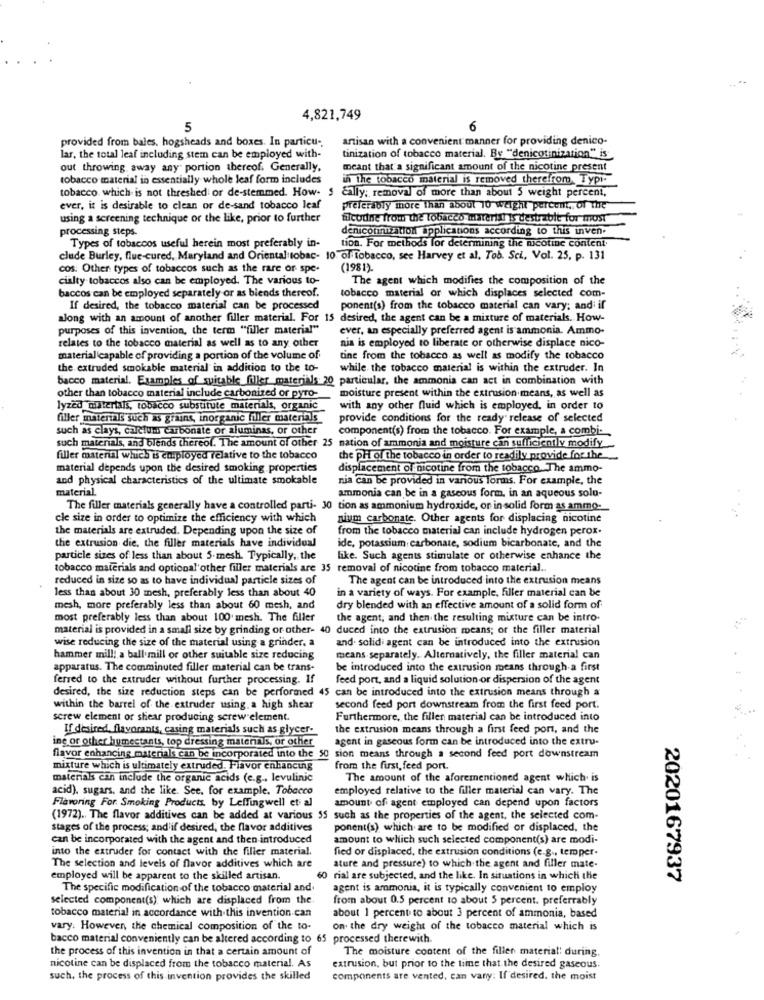
4,821,749
5
6
provided from bales. hogsheads and boxes. In particu -,
artisan with a convenient manner for providing denico-
lar, the total leaf including stem can be employed with-
tinization of tobacco material. By "denicotinization"" is
out throwing away any portion thereof. Generally,
meant that a significant amount of the nicotine present
tobacco material in essentially whole leaf form includes
in the tobacco material is removed therefrom, Typi-
tobacco which is not threshed or de-stemmed. How- S
Eally; removal of more than about 5 weight percent,
ever, it is desirable to clean or de-sand tobacco leaf
preferably more than about 10 weight percent, of the
using a screening technique or the like, prior to further
filcudne from the tobacco mareritt is destrabit for most
processing steps.
denicotinization applications according to this inven.
Types of tobaccos useful herein most preferably in-
tion. For methods for determining the nicotine content
clude Burley, flue-cured, Maryland and Oriental tobac- 10 of Tobacco, see Harvey et al. Tob. Sci, Vol. 25, p. 131
cos. Other types of tobaccos such as the rare or spe-
(1981)
cialty tobaccos also can be employed. The various to-
The agent which modifies the composition of the
baccos can be employed separately or as biends thereof.
tobacco material or which displaces selected com-
If desired, the tobacco material can be processed
ponent(s) from the tobacco material can vary; and if
along with an amount of another filler material. For 15 desired, the agent can be a mixture of materials. How-
purposes of this invention, the term "filler material"
ever, an especially preferred agent is ammonia. Ammo-
relates to the tobacco material as well as to any other
nia is employed to liberate or otherwise displace nico-
material capable of providing a portion of the volume of
tine from the tobacco as well as modify the tobacco
the extruded smokable material in addition to the to-
while the tobacco material is within the extruder. In
bacco material. Examples of suitable filler materials 20 particular, the ammonia can act in combination with
moisture present within the extrusion means, as well as
other than tobacco material include carbonized or pyro-
lyzed materials, tobacco substitute materials, organic
with any other fluid which is employed, in order to
filler materials such as grains, inorganic filler materials
provide conditions for the ready release of selected
such as clays, carefumi carbonate or sluminas, or other
component(s) from the tobacco. For example, a combi-
such materials, and blends thereof. The amount of other 25 nation of ammonia and moisture can sufficiently modify
filler matenal which is employed relative to the tobacco
the pH of the tobacco in order to readily provide for the
material depends upon the desired smoking properties
displacement of nicotine from the tobacco The ammo-
and physical characteristics of the ultimate smokable
nia can be provided in various forms. For example, the
material
ammonia can be in a gaseous form, in an aqueous solo-
The filler materials generally have a controlled parti- 30 tion as ammonium hydroxide, or in solid form as ammo-
cle size in order to optimize the efficiency with which
nium carbonate. Other agents for displacing nicotine
the materials are extruded. Depending upon the size of
from the tobacco material can include hydrogen perox.
the extrusion die, the filler materials have individual
ide, potassium carbonate, sodium bicarbonate, and the
particle sizes of less than about 5-mesh. Typically, the
like. Such agents stimulate or otherwise enhance the
tobacco materials and optional'other filler materials are 35 removal of nicotine from tobacco material ..
reduced in size so as to have individual particle sizes of
The agent can be introduced into the extrusion means
less than about 30 mesh, preferably less than about 40
in a variety of ways. For example, filler material can be
mesh, more preferably less than about 60 mesh, and
dry blended with an effective amount of a solid form of
most preferably less than about 100 mesh. The filler
the agent, and then the resulting mixture can be intro-
material is provided in a small size by grinding or other- 40 duced into the extrusion means; or the filler material
wise reducing the size of the material using a grinder. a
and. solid agent can be introduced into the extrusion
hammer mill; a ball mill or other suitable size reducing
means separately. Alternatively, the filler material can
apparatus. The comminuted filler material can be trans-
be introduced into the extrusion means through a first
ferred to the extruder without further processing. If
feed port, and a liquid solution or dispersion of the agent
desired, the size reduction steps can be performed 45 can be introduced into the extrusion means through a
within the barrel of the extruder using a high shear
second feed port downstream from the first feed port.
screw element or shear producing screw element.
Furthermore, the fillen material can be introduced into
If desired, flavorants, casing materials such as glycer-
the extrusion means through a first feed port, and the
ing or other humectants, top dressing matenals, or other
agent in gaseous form can be introduced into the extru-
flavor enhancing materials can be incorporated into the 50 sion means through a second feed port downstream
mixture which is ultimately extruded. Flavor enhancing
from the first, feed port.
materials can include the organic acids (e.g ., levulinic
The amount of the aforementioned agent which is
acid), sugars, and the like. See. for example, Tobacco
employed relative to the filler material can vary. The
Flavoring For. Smoking Products, by Leffingwell et al
amount of agent employed can depend upon factors
(1972). The flavor additives can be added at various 55 such as the properties of the agent, the selected com-
stages of the process; and'if desired, the flavor additives
ponent(s) which are to be modified or displaced, the
can be incorporated with the agent and then introduced
amount to which such selected component(s) are modi-
into the extruder for contact with the filler material.
fied or displaced, the extrusion conditions (e.g ., temper-
The selection and levels of flavor additives which are
ature and pressure) to which the agent and filler mate-
employed will be apparent to the skilled artisan.
60 rial are subjected, and the like. In situations in which the
2020167937
The specific modification of the tobacco material and.
agent is ammonia, it is typically convenient to employ
selected component(s), which are displaced from the
from about 0.5 percent to about 5 percent. preferrably
tobacco material in accordance with this invention can
about 1 percent to about 3 percent of ammonia, based
vary. However, the chemical composition of the to-
on the dry weight of the tobacco material which is
bacco material conveniently can be altered according to 65 processed therewith.
the process of this invention in that a certain amount of
The moisture content of the filler material: during.
nicotine can be displaced from the tobacco material. As
extrusion, but prior to the time that the desired gaseous
such, the process of this invention provides the skilled
components are vented, can vany: If desired. the moist